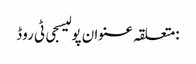
:متعلقہ عنوان پولیسجی ٹی روڈ